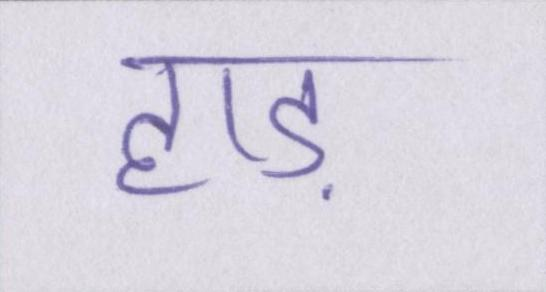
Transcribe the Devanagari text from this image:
हाड़